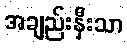
အချည်းနှီးသာ